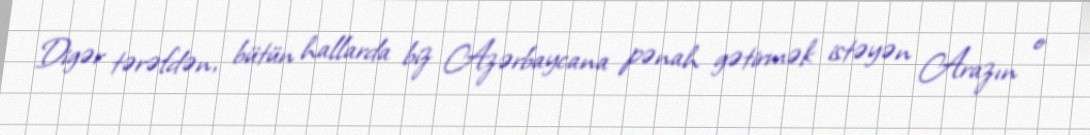
Digər tərəfdən, bütün hallarda biz Azərbaycana pənah gətirmək istəyən Arazın o